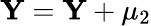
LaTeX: \mathbf{Y}=\mathbf{Y}+\mu_{2}